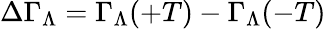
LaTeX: \Delta\Gamma_{\Lambda}=\Gamma_{\Lambda}(+T)-\Gamma_{\Lambda}(-T)